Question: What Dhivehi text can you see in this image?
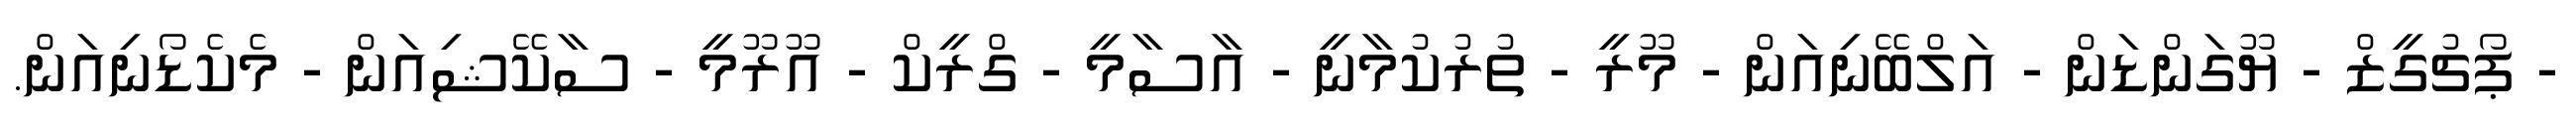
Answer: - ޕޯޗުގީޒް - ޔޫގަންޑަން - އަލްބޭނިއަން - މޫރީ - ތުރުކުމާނީ - އާސާމީ - ގްރީކް - އޫރޫމީ - ސާކޭޝިއަން - މެކެޑޯނިއަން.